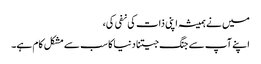
میں نے ہمیشہ اپنی ذات کی نفی کی،
اپنے آپ سے جنگ جیتنا دنیا کا سب سے مشکل کام ہے۔